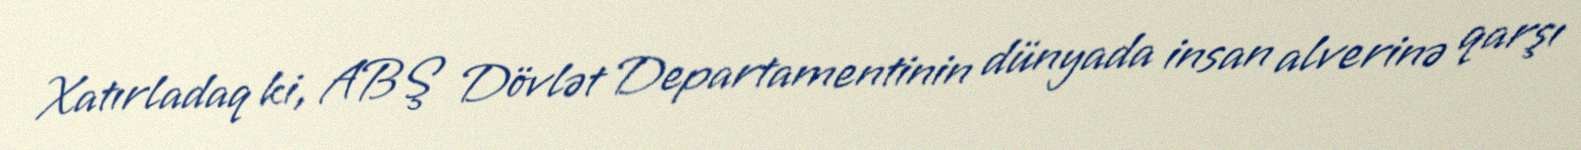
Xatırladaq ki, ABŞ Dövlət Departamentinin dünyada insan alverinə qarşı